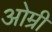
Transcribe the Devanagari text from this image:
ओम्री